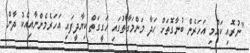
"ނުރޮއި ކައްމި އަހަރެން ބުނާގޮތަށް ހަދާ މަންމަގާތުގައި ހަގީގަތް ކިޔާދީފައި އަހަރެމެންނާއިއެކު ދާން